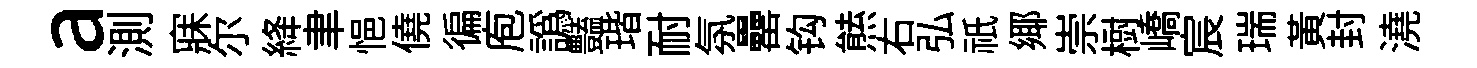
a測寐尓絳聿悒僥徧庖譌𧰟瑎耐氛罍钩㷱右弘祇鄊崇𣗳嶠宸瑞黄封澆